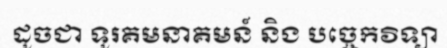
ដូចជា ទូរគមនាគមន៍ និង បច្ចេកវិទ្យា